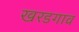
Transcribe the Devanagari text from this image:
खरडगाव